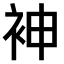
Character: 𫋵